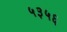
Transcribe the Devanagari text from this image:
५३५६